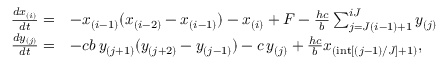
\begin{array} { r l } { \frac { d x _ { ( i ) } } { d t } = } & { - x _ { ( i - 1 ) } ( x _ { ( i - 2 ) } - x _ { ( i - 1 ) } ) - x _ { ( i ) } + F - \frac { h c } { b } \sum _ { j = J ( i - 1 ) + 1 } ^ { i J } y _ { ( j ) } } \\ { \frac { d y _ { ( j ) } } { d t } = } & { - c b \, y _ { ( j + 1 ) } ( y _ { ( j + 2 ) } - y _ { ( j - 1 ) } ) - c \, y _ { ( j ) } + \frac { h c } { b } x _ { ( \mathrm { i n t } [ ( j - 1 ) / J ] + 1 ) } , } \end{array}